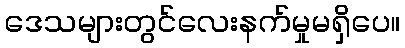
ဒေသများတွင်လေးနက်မှုမရှိပေ။